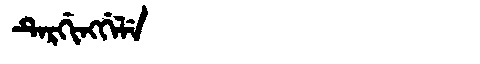
Manchu: ᡨᡝᡵᡤᡳᠩᡤᡝᠯᡝ
Romanization: TERGINGGELE